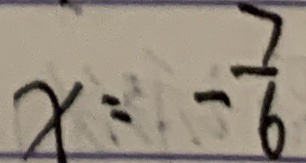
x = - \frac { 7 } { 6 }